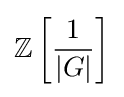
\mathbb {Z} \left[{\frac {1}{|G|}}\right]